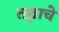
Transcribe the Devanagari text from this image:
तज्ञाचे